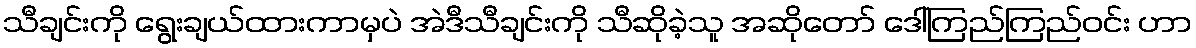
သီချင်းကို ရွေးချယ်ထားကာမှပဲ အဲဒီသီချင်းကို သီဆိုခဲ့သူ အဆိုတော် ဒေါ်ကြည်ကြည်ဝင်း ဟာ